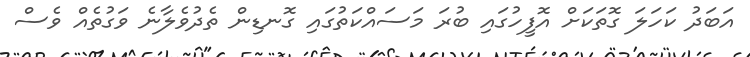
އަބަދު ކަހަލަ ގޮތަކަށް އޮފީހުގައި ބުރަ މަސައްކަތުގައި ގޮނޑިން ތެދުވެލާނެ ވަގުތެއް ވެސް